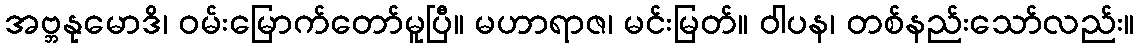
အဗ္ဘနုမောဒိ၊ ဝမ်းမြောက်တော်မူပြီ။ မဟာရာဇ၊ မင်းမြတ်။ ဝါပန၊ တစ်နည်းသော်လည်း။